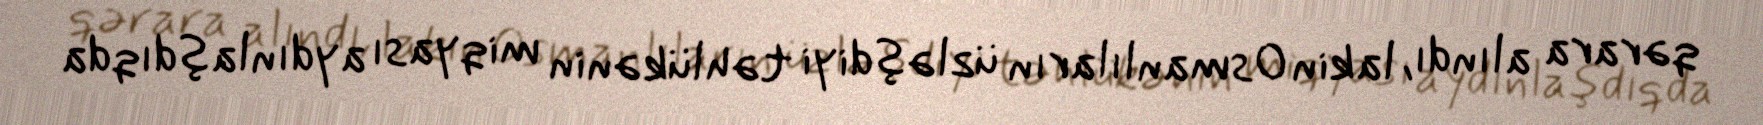
qərara alındı, lakin Osmanlıların üzləşdiyi təhlükənin miqyası aydınlaşdıqda